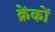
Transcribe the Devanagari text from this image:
क्रेंकों